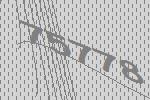
75778